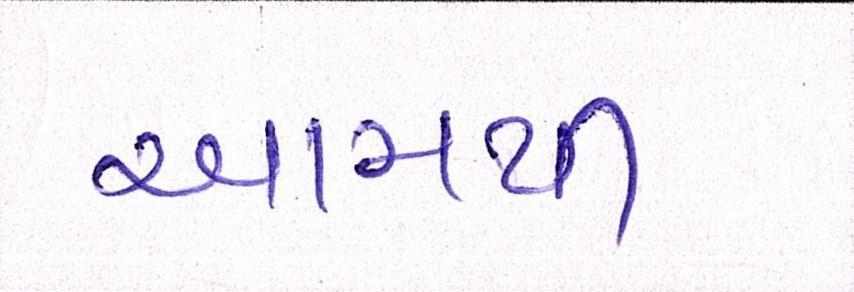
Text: આમથી